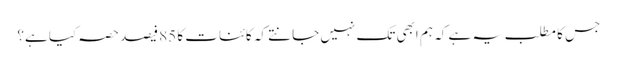
جس کا مطلب یہ ہے کہ ہم ابھی تک نہیں جانتے کہ کائنات کا 85 فیصد حصہ کیا ہے؟